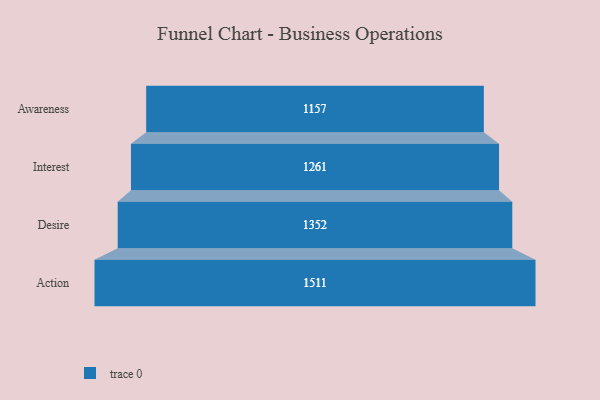
{"axis": {"x": "Stage", "y": "Value"}, "legend": [""], "data": [{"x": "Awareness", "y": 1157.0, "type": ""}, {"x": "Interest", "y": 1261.0, "type": ""}, {"x": "Desire", "y": 1352.0, "type": ""}, {"x": "Action", "y": 1511.0, "type": ""}]}